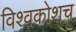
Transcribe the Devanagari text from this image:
विश्वकोशच